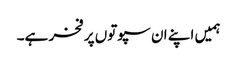
ہمیں اپنے ان سپوتوں پر فخر ہے۔